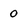
Character: 0